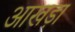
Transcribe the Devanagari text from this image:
आखड़ा